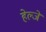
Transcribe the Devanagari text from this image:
हेल्जे